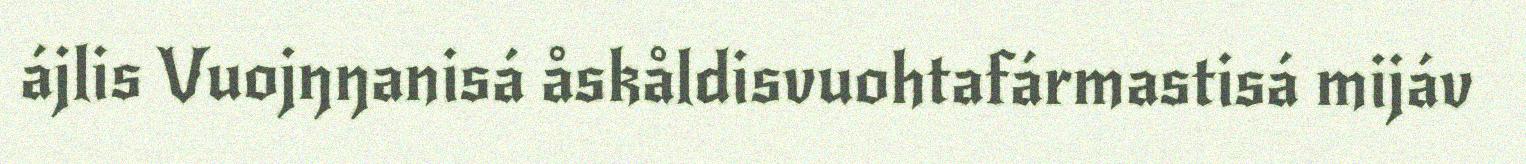
ájlis Vuojŋŋanisá åskåldisvuohtafármastisá mijáv